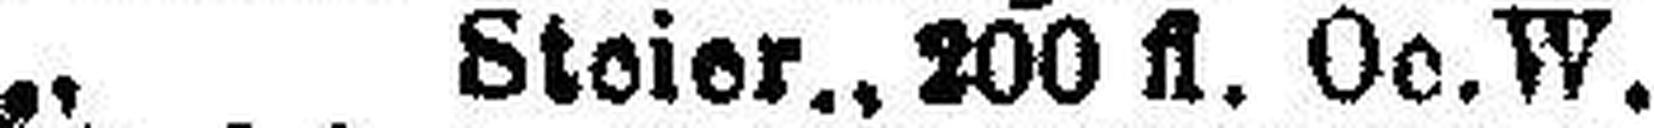
„ Steier., 200 fl. Oe. W.